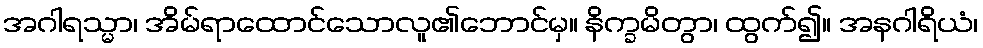
အဂါရသ္မာ၊ အိမ်ရာထောင်သောလူ၏ဘောင်မှ။ နိက္ခမိတွာ၊ ထွက်၍။ အနဂါရိယံ၊